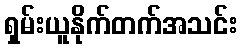
ရှမ်းယူနိုက်တက်အသင်း